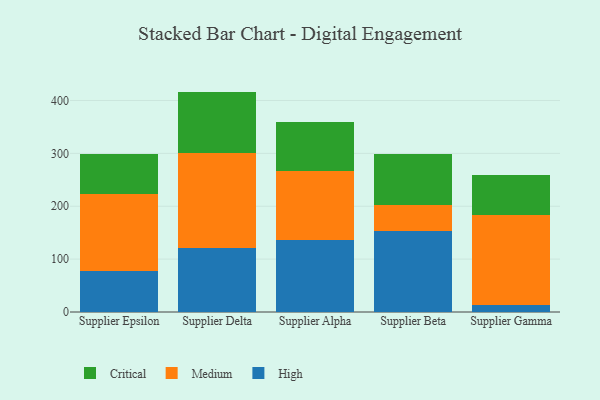
{"axis": {"x": "Supplier", "y": "Humidity (%)"}, "legend": ["Critical", "High", "Medium"], "data": [{"x": "Supplier Epsilon", "y": 77.3, "type": "High"}, {"x": "Supplier Epsilon", "y": 146.5, "type": "Medium"}, {"x": "Supplier Epsilon", "y": 74.4, "type": "Critical"}, {"x": "Supplier Delta", "y": 121.8, "type": "High"}, {"x": "Supplier Delta", "y": 179.1, "type": "Medium"}, {"x": "Supplier Delta", "y": 115.9, "type": "Critical"}, {"x": "Supplier Alpha", "y": 136.0, "type": "High"}, {"x": "Supplier Alpha", "y": 130.6, "type": "Medium"}, {"x": "Supplier Alpha", "y": 91.9, "type": "Critical"}, {"x": "Supplier Beta", "y": 152.9, "type": "High"}, {"x": "Supplier Beta", "y": 49.9, "type": "Medium"}, {"x": "Supplier Beta", "y": 96.1, "type": "Critical"}, {"x": "Supplier Gamma", "y": 14.0, "type": "High"}, {"x": "Supplier Gamma", "y": 169.8, "type": "Medium"}, {"x": "Supplier Gamma", "y": 75.6, "type": "Critical"}]}